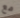
مع